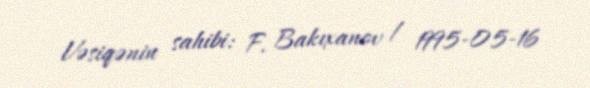
Vəsiqənin sahibi: F. Bakıxanov / 1995-05-16